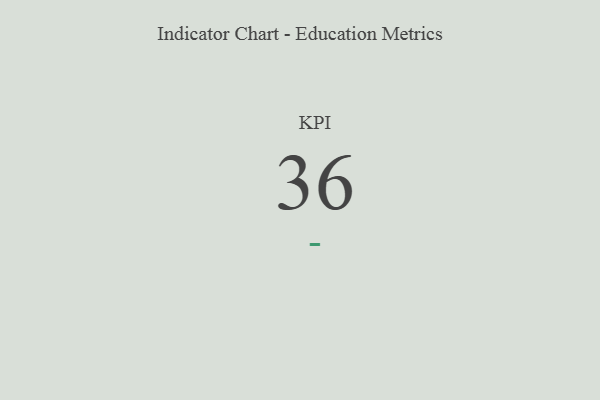
{"axis": {"x": "KPI", "y": "Value"}, "legend": [""], "data": [{"x": "KPI", "y": 36, "type": ""}]}